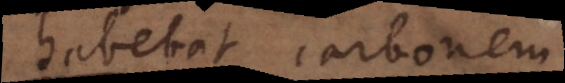
habebat carbonem